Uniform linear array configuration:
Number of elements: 24
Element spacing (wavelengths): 0.5
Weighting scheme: hann
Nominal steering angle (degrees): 15
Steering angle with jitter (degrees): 16.303
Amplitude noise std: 0.05
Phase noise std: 0.05

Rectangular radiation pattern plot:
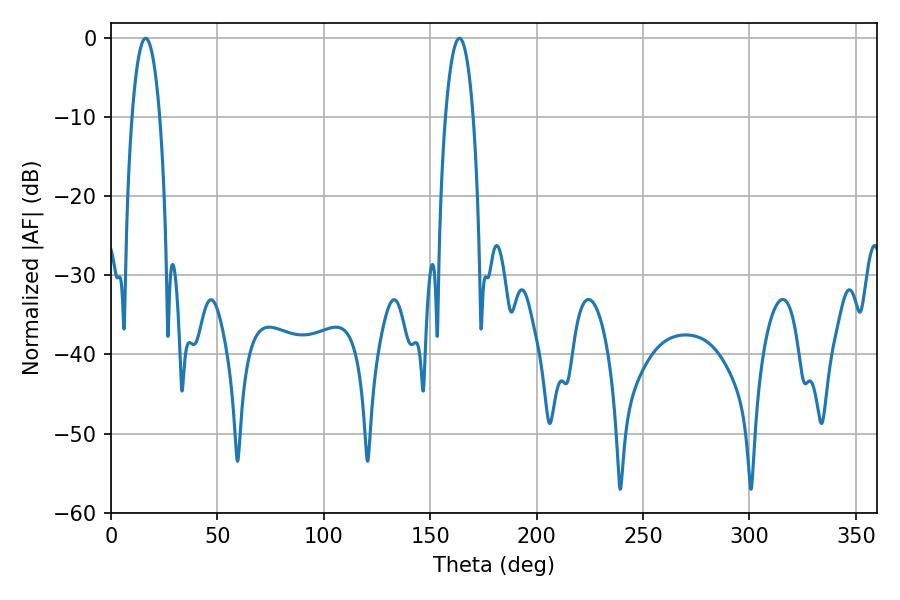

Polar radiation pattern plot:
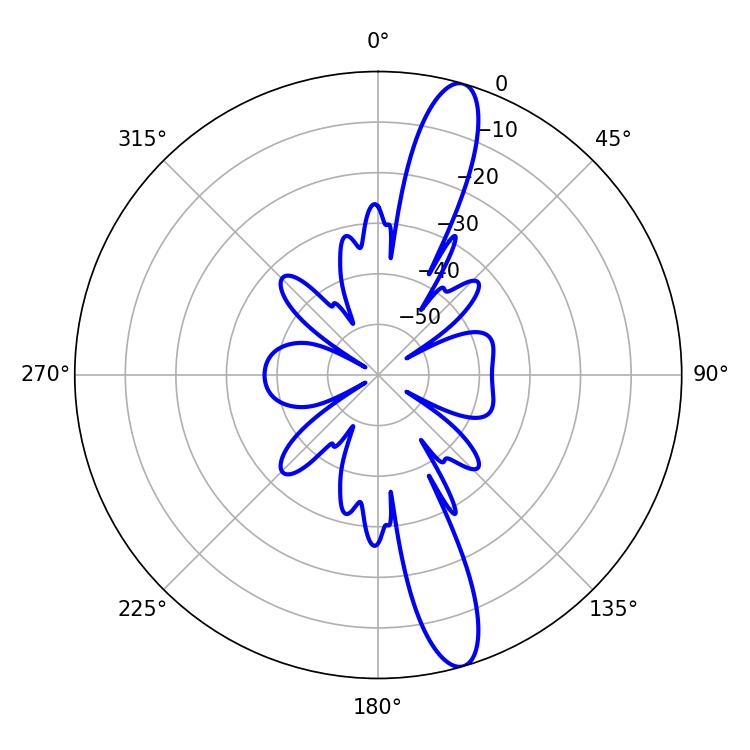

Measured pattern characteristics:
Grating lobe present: FALSE
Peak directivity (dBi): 14.189
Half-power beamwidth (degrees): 7.38
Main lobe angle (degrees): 16.2